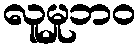
လူမှုဘဝ